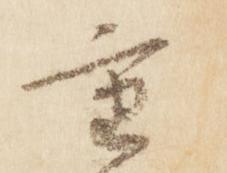
重